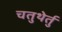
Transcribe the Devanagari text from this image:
चतुथेर्तु